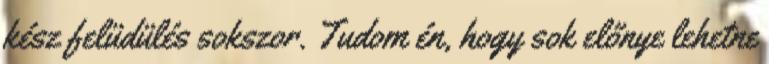
kész felüdülés sokszor. Tudom én, hogy sok előnye lehetne